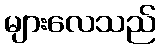
များလေသည်